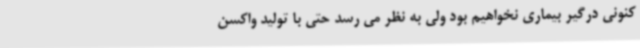
کنونی درگیر بیماری نخواهیم بود ولی به نظر می رسد حتی با تولید واکسن